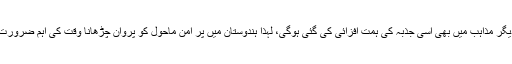
شاید دیگر مذاہب میں بھی اسی جذبہ کی ہمت افزائی کی گئی ہوگی، لہذا ہندوستان میں پرُ امن ماحول کو پروان چڑھانا وقت کی اہم ضرورت ہے ۔